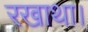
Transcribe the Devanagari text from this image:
रखाथा।